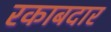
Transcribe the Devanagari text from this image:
रकाबदार